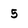
Character: 5